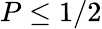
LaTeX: P\le 1/2